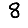
Digit: 8